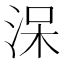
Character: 㳭